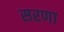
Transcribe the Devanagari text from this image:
सरणा